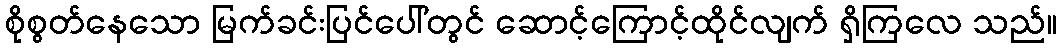
စိုစွတ်နေသော မြက်ခင်းပြင်ပေါ်တွင် ဆောင့်ကြောင့်ထိုင်လျက် ရှိကြလေ သည်။